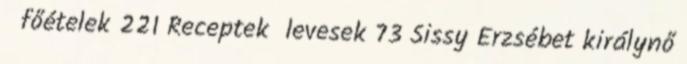
főételek 221 Receptek levesek 73 Sissy Erzsébet királynő